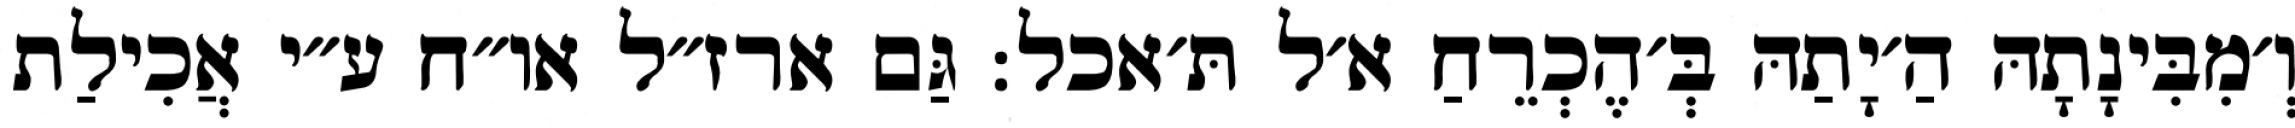
וְ׳מִבִּינָתָהּ הַ׳יָתַהּ בְּ׳הֶכְרֵחַ א׳ל תּ׳אכל: גַּם ארז״ל או״ח ע״י אֲכִילַת